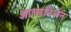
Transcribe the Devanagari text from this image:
आत्मनिर्भन